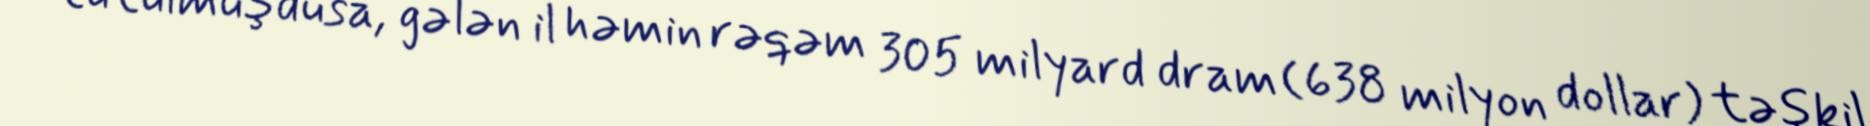
tutulmuşdusa, gələn il həmin rəqəm 305 milyard dram (638 milyon dollar) təşkil